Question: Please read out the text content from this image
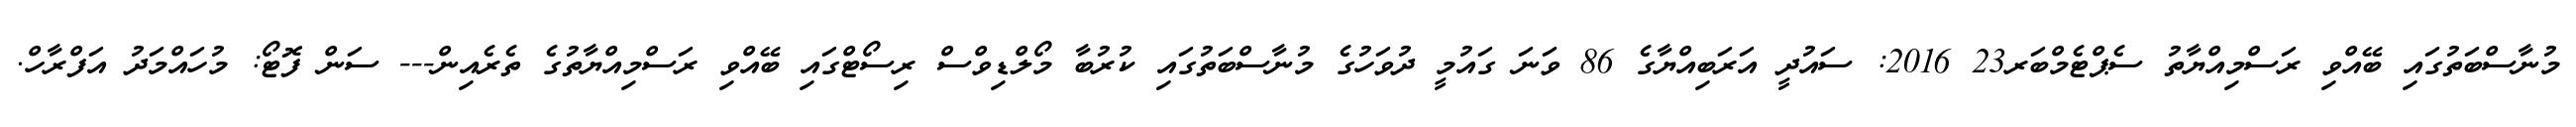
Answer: މުނާސްބަތުގައި ބޭއްވި ރަސްމިއްޔާތު ސެޕްޓެމްބަރ23 2016: ސައުދީ އަރަބިއްޔާގެ 86 ވަނަ ގައުމީ ދުވަހުގެ މުނާސްބަތުގައި ކުރުބާ މޯލްޑިވްސް ރިސޯޓްގައި ބޭއްވި ރަސްމިއްޔާތުގެ ތެރެއިން--- ސަން ފޮޓޯ: މުހައްމަދު އަފްރާހް.